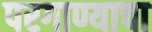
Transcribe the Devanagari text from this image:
परगाण्याचा